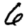
Digit: 6